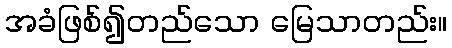
အခံဖြစ်၍တည်သော မြေသာတည်း။